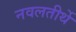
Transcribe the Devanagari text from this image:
नवलतीर्थे